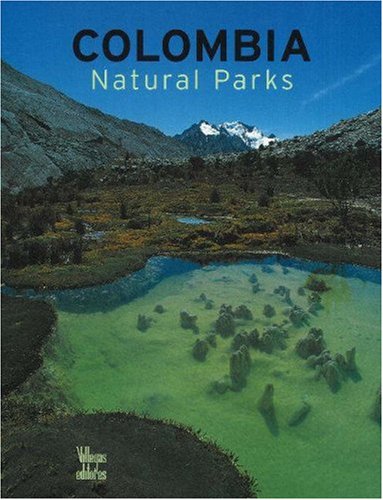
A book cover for Colombia Natural Parks; Villegas Editores; Travel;